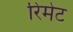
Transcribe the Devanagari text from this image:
रिमेट